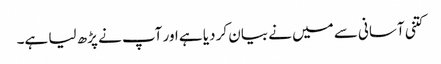
کتنی آسانی سے میں نے بیان کر دیا ہے اور آپ نے پڑھ لیا ہے۔